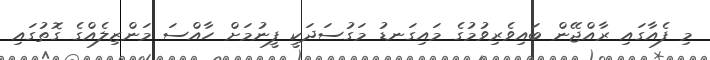
މި ފެއާގައި ރާއްޖޭން ބައިވެރިވުމުގެ މައިގަނޑު މަގުސަދަކީ ފީނުމަށް ހާއްސަ މަންޒިލެއްގެ ގޮތުގައި